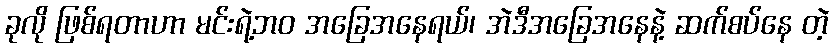
ခုလို ဖြစ်ရတာဟာ မင်းရဲ့ဘဝ အခြေအနေရယ်၊ အဲဒီအခြေအနေနဲ့ ဆက်စပ်နေ တဲ့